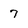
Character: 7